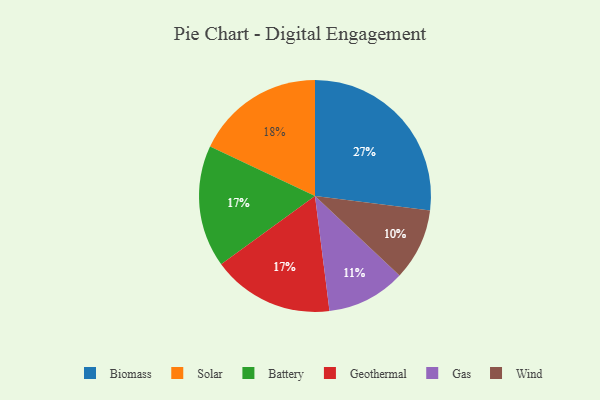
{"axis": {"x": "Category", "y": "Percentage"}, "legend": ["Battery", "Biomass", "Gas", "Geothermal", "Solar", "Wind"], "data": [{"x": "Wind", "y": 10, "type": "Wind"}, {"x": "Battery", "y": 17, "type": "Battery"}, {"x": "Biomass", "y": 27, "type": "Biomass"}, {"x": "Geothermal", "y": 17, "type": "Geothermal"}, {"x": "Gas", "y": 11, "type": "Gas"}, {"x": "Solar", "y": 18, "type": "Solar"}]}